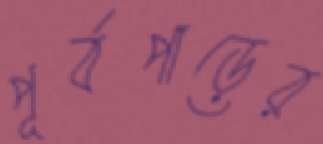
পূর্বপাড়ের